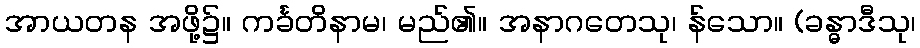
အာယတန အဖို့၌။ ကင်္ခတိနာမ၊ မည်၏။ အနာဂတေသု၊ န်သော။ (ခန္ဓာဒီသု၊